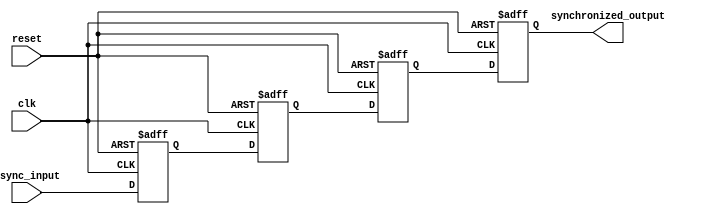
module cascading_synchronizer (
    input wire clk,
    input wire reset,
    input wire async_input,
    output reg synchronized_output
);

reg [3:0] sync_ff[0:3];

always @(posedge clk or posedge reset) begin
    if (reset) begin
        sync_ff[0] <= 0;
        sync_ff[1] <= 0;
        sync_ff[2] <= 0;
        sync_ff[3] <= 0;
    end else begin
        sync_ff[0] <= async_input;
        sync_ff[1] <= sync_ff[0];
        sync_ff[2] <= sync_ff[1];
        sync_ff[3] <= sync_ff[2];
    end
end

assign synchronized_output = sync_ff[3];

endmodule